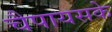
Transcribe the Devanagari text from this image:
चैपायसके